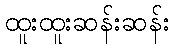
ထူးထူးဆန်းဆန်း